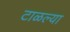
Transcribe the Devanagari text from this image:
टाळल्या